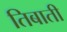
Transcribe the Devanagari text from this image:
तिबाती